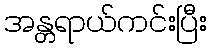
အန္တရာယ်ကင်းပြီး